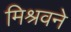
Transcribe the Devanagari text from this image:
मिश्रवने